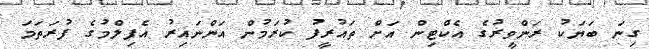
ގިނަ ބަޔަކު ރަންވީރުގެ އެކްޓިން އަށް ތައުރީފު ކުރަމުން އަންނައިރު އެފިލްމުގެ ފުރަތަމަ